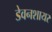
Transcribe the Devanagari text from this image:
डेवनशायर